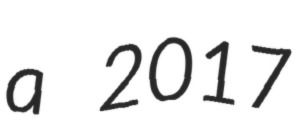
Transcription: a 2017